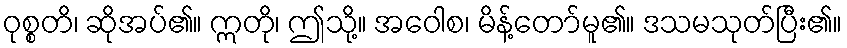
ဝုစ္စတိ၊ ဆိုအပ်၏။ ဣတို၊ ဤသို့။ အဝေါစ၊ မိန့်တော်မူ၏။ ဒသမသုတ်ပြီး၏။